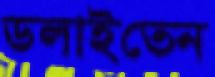
ডলাইতেন